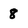
Character: 8